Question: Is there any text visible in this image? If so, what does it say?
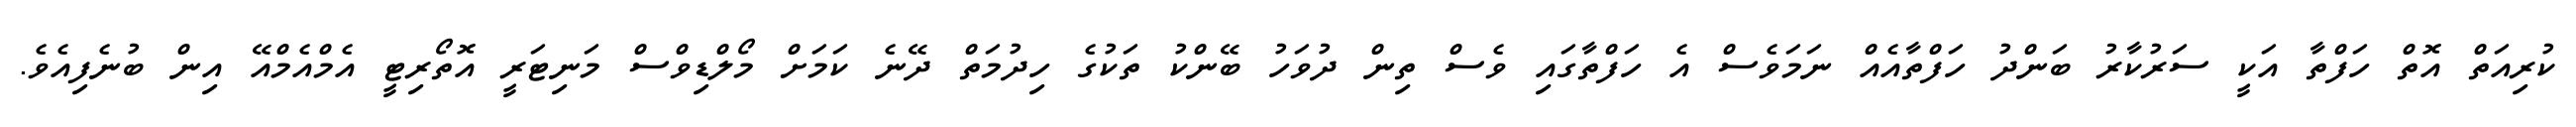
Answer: ކުރިއަތް އޮތް ހަފްތާ އަކީ ސަރުކާރު ބަންދު ހަފްތާއެއް ނަމަވެސް އެ ހަފްތާގައި ވެސް ތިން ދުވަހު ބޭންކު ތަކުގެ ހިދުމަތް ދޭނެ ކަމަށް މޯލްޑިވްސް މަނިޓަރީ އޮތޯރިޓީ އެމްއެމްއޭ އިން ބުނެފިއެވެ.